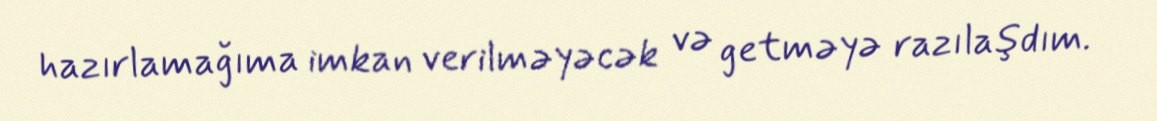
hazırlamağıma imkan verilməyəcək və getməyə razılaşdım.